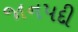
જાનપદી